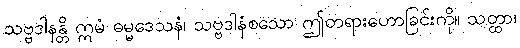
သဗ္ဗဒါနန္တိ ဣမံ ဓမ္မဒေသနံ၊ သဗ္ဗဒါနံစသော ဤတရားဟောခြင်းကို။ သတ္ထာ၊